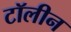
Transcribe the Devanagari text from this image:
टॉलीन